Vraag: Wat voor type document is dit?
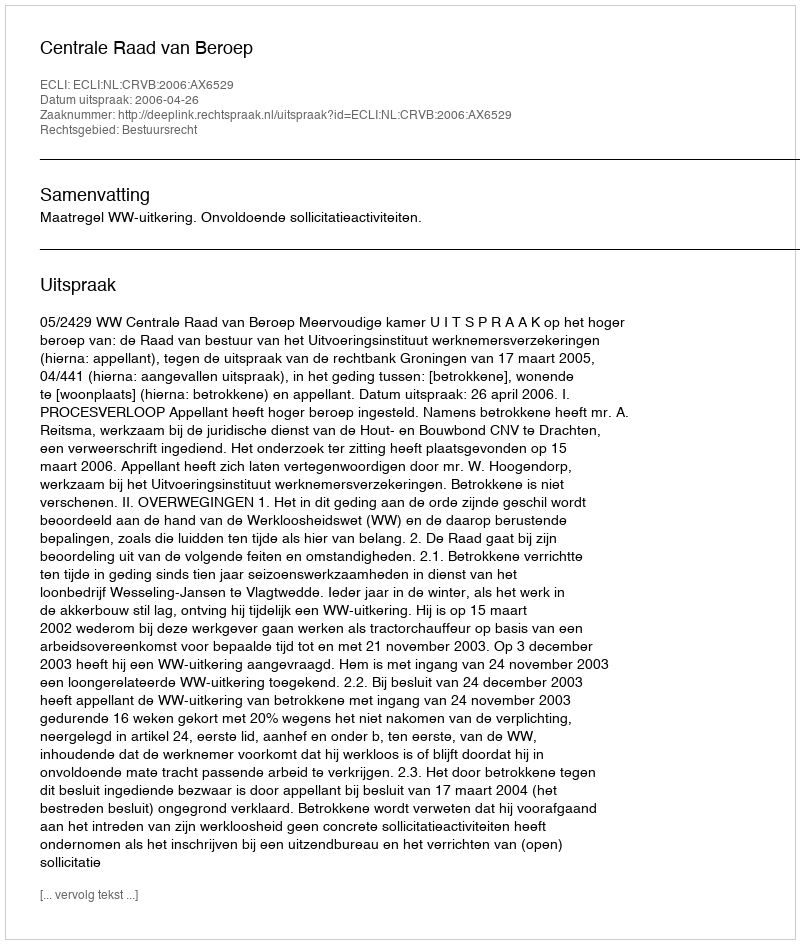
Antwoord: Uitspraak